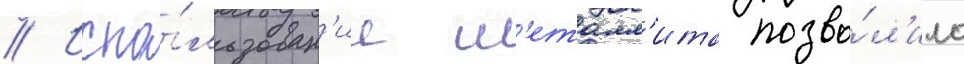
// Испо́льзован'ие м'еталл'ита позво́л'ило